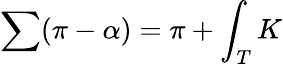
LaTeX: \sum(\pi-\alpha)=\pi+\int_{T}K